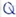
Text: Q